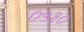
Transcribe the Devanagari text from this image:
०५३०